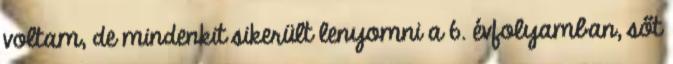
voltam, de mindenkit sikerült lenyomni a 6. évfolyamban, sőt